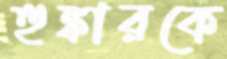
হুঙ্কারকে